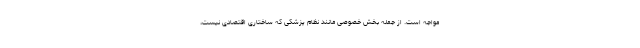
مواجه است. از جمله بخش خصوصی مانند نظام پزشکی که ساختاری اقتصادی نیست،